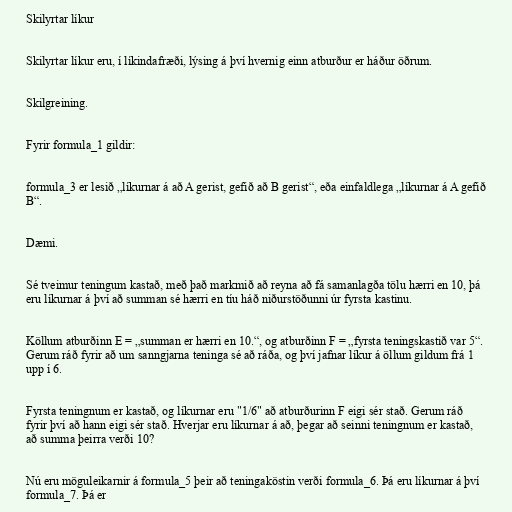
Skilyrtar líkur

Skilyrtar líkur eru, í líkindafræði, lýsing á því hvernig einn atburður er háður öðrum.

Skilgreining.

Fyrir formula_1 gildir:

formula_3 er lesið „líkurnar á að A gerist, gefið að B gerist“, eða einfaldlega „líkurnar á A gefið
B“.

Dæmi.

Sé tveimur teningum kastað, með það markmið að reyna að fá samanlagða tölu hærri en 10, þá
eru líkurnar á því að summan sé hærri en tíu háð niðurstöðunni úr fyrsta kastinu.

Köllum atburðinn E = „summan er hærri en 10.“, og atburðinn F = „fyrsta teningskastið var 5“.
Gerum ráð fyrir að um sanngjarna teninga sé að ráða, og því jafnar líkur á öllum gildum frá 1
upp í 6.

Fyrsta teningnum er kastað, og líkurnar eru "1/6" að atburðurinn F eigi sér stað. Gerum ráð
fyrir því að hann eigi sér stað. Hverjar eru líkurnar á að, þegar að seinni teningnum er kastað,
að summa þeirra verði 10?

Nú eru möguleikarnir á formula_5 þeir að teningaköstin verði formula_6. Þá eru líkurnar á því
formula_7. Þá er